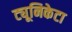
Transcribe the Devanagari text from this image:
ट्यूनिकेटा